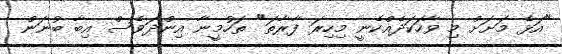
"އަޅެ މަށަށް މި ވާހަކަދެއްކެނީ މިހިރަ ފާރާތަ" ތަހުމީނާ އިންދަވެސް އިބާ ބުނަން